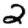
Digit: 2